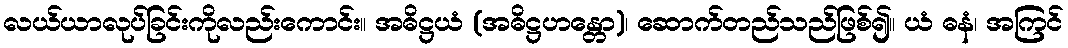
လယ်ယာလုပ်ခြင်းကိုလည်းကောင်း။ အဓိဋ္ဌယံ (အဓိဋ္ဌဟန္တော)၊ ဆောက်တည်သည်ဖြစ်၍။ ယံ ဓနံ၊ အကြင်